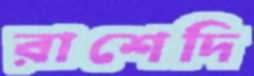
রাশেদি